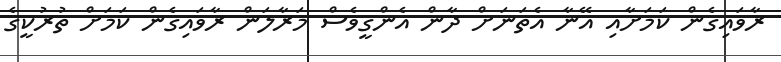
ރާވައިގެން ކަމަށާއި އޭނާ އެތަނަށް ދާން އެންގީވެސް މަރާލަން ރާވައިގެން ކަަމަށް ތުރުކީގެ